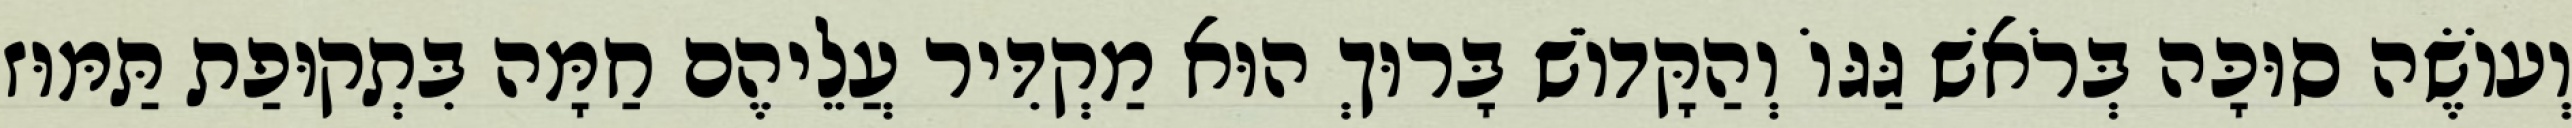
וְעוֹשֶׂה סוּכָּה בְּרֹאשׁ גַּגּוֹ וְהַקָּדוֹשׁ בָּרוּךְ הוּא מַקְדִּיר עֲלֵיהֶם חַמָּה בִּתְקוּפַת תַּמּוּז